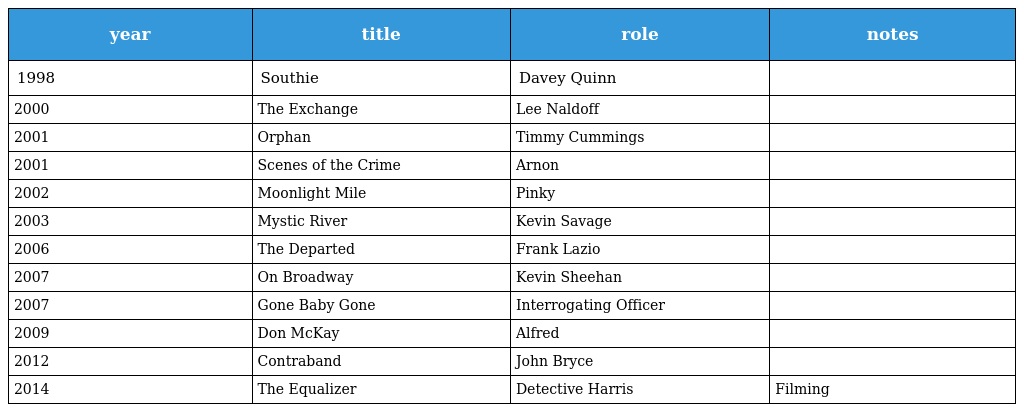
| year | title | role | notes |
 | --- | --- | --- | --- |
 | 1998 | Southie | Davey Quinn |  |
 | 2000 | The Exchange | Lee Naldoff |  |
 | 2001 | Orphan | Timmy Cummings |  |
 | 2001 | Scenes of the Crime | Arnon |  |
 | 2002 | Moonlight Mile | Pinky |  |
 | 2003 | Mystic River | Kevin Savage |  |
 | 2006 | The Departed | Frank Lazio |  |
 | 2007 | On Broadway | Kevin Sheehan |  |
 | 2007 | Gone Baby Gone | Interrogating Officer |  |
 | 2009 | Don McKay | Alfred |  |
 | 2012 | Contraband | John Bryce |  |
 | 2014 | The Equalizer | Detective Harris | Filming |